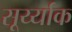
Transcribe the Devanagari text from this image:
सूर्य्याक